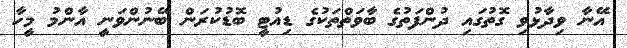
އޭނާ ވިދާޅުވި ގޮތުގައި ދުންފަތުގެ ބާވަތްތަކުގެ ޑިއުޓީ ބޮޑުކުރަން ބޭނުންވަނީ އާންމު މީހާ